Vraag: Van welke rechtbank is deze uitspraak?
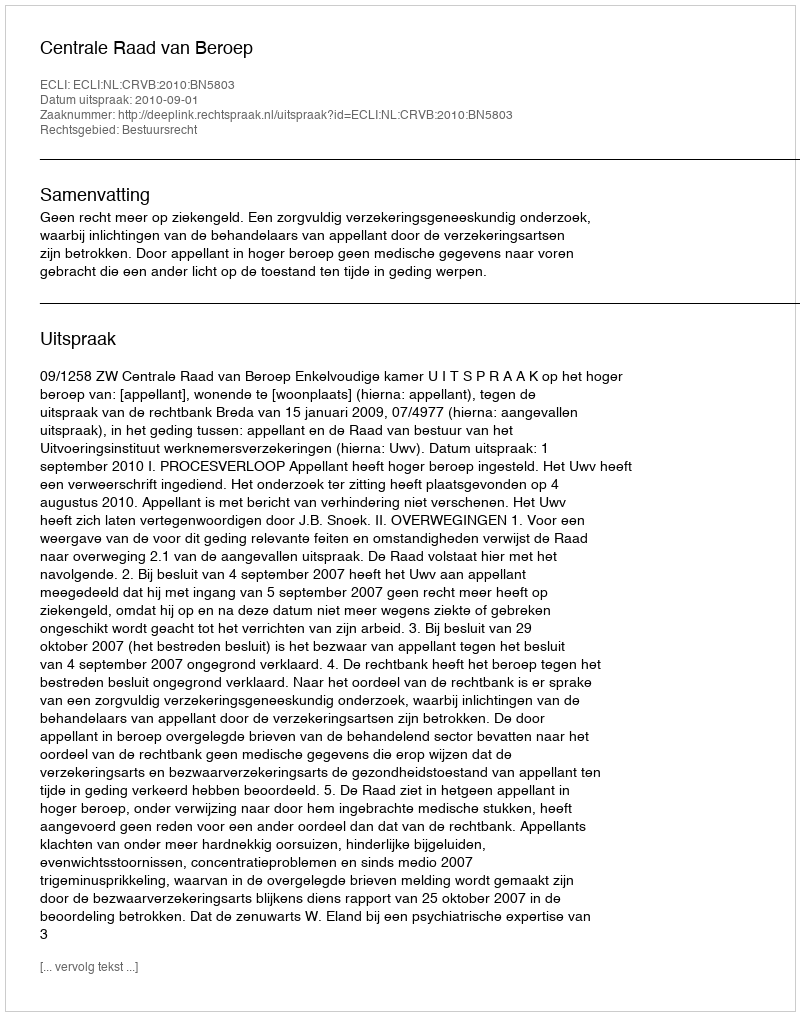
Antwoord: Centrale Raad van Beroep